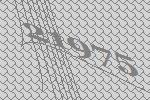
21975